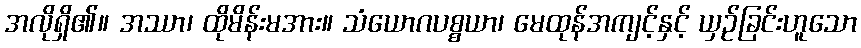
အလိုရှိ၏။ အဿာ၊ ထိုမိန်းမအား။ သံယောဂပစ္စယာ၊ မေထုန်အကျင့်နှင့် ယှဉ်ခြင်းဟူသော